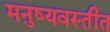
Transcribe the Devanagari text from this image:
मनुष्यवस्तीत